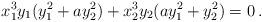
LaTeX: \begin{align*}x_1^3 y_1 (y_1^2 + a y_2^2) + x_2^3 y_2 (a y_1^2 + y_2^2) = 0 \, . \end{align*}